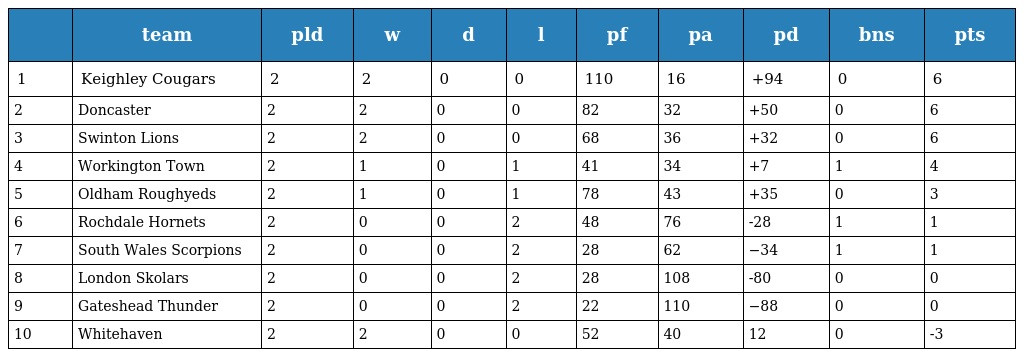
|  | team | pld | w | d | l | pf | pa | pd | bns | pts |
 | --- | --- | --- | --- | --- | --- | --- | --- | --- | --- | --- |
 | 1 | Keighley Cougars | 2 | 2 | 0 | 0 | 110 | 16 | +94 | 0 | 6 |
 | 2 | Doncaster | 2 | 2 | 0 | 0 | 82 | 32 | +50 | 0 | 6 |
 | 3 | Swinton Lions | 2 | 2 | 0 | 0 | 68 | 36 | +32 | 0 | 6 |
 | 4 | Workington Town | 2 | 1 | 0 | 1 | 41 | 34 | +7 | 1 | 4 |
 | 5 | Oldham Roughyeds | 2 | 1 | 0 | 1 | 78 | 43 | +35 | 0 | 3 |
 | 6 | Rochdale Hornets | 2 | 0 | 0 | 2 | 48 | 76 | -28 | 1 | 1 |
 | 7 | South Wales Scorpions | 2 | 0 | 0 | 2 | 28 | 62 | −34 | 1 | 1 |
 | 8 | London Skolars | 2 | 0 | 0 | 2 | 28 | 108 | -80 | 0 | 0 |
 | 9 | Gateshead Thunder | 2 | 0 | 0 | 2 | 22 | 110 | −88 | 0 | 0 |
 | 10 | Whitehaven | 2 | 2 | 0 | 0 | 52 | 40 | 12 | 0 | -3 |